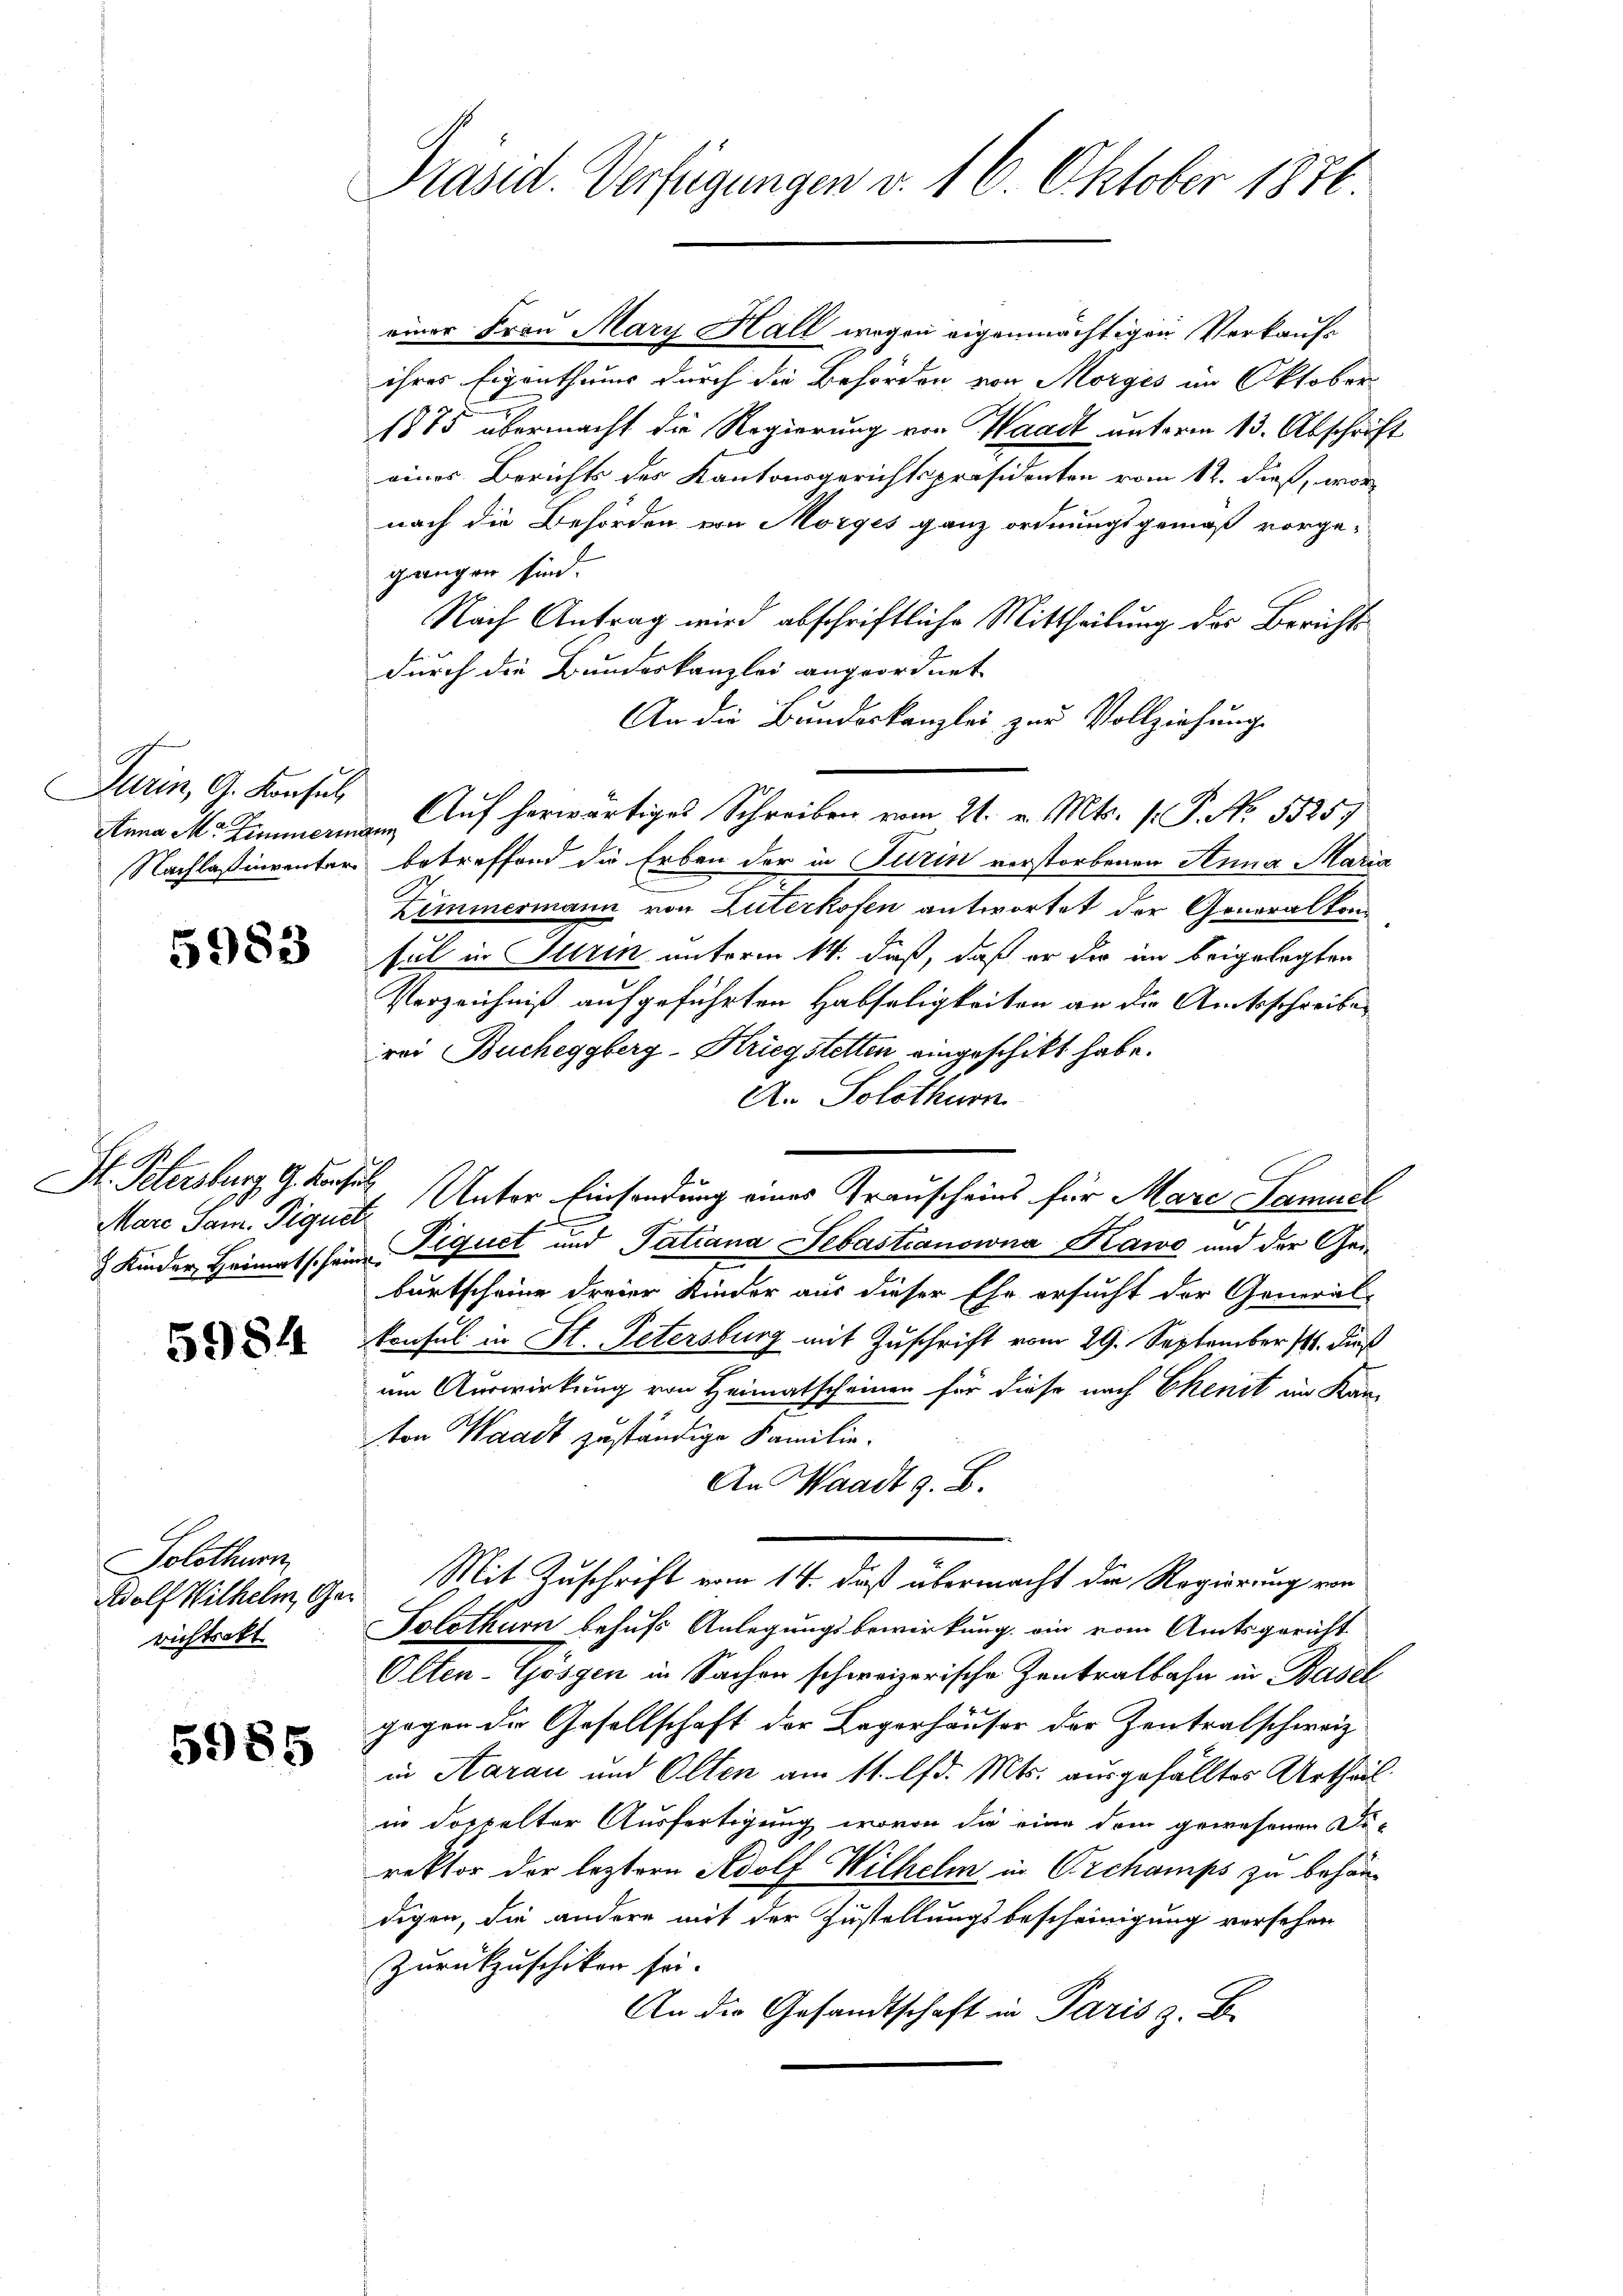
Turin, G. Konsul

5983

Mare Sam. Pignete

5984

Solothurn
richtrakt

5985

einer Frau Mary Hall wegen eigenmächtigen Verkaufs
ihres Eigenthums durch die Behörden von Morges im Oktober-
1875 übermacht die Regierung von Waadt unterm 13. Abschrift
eines Berichts des Kantonsgerichtspräsidenten vom 12. dieß, wornach die Behörden von Morges ganz ordnungsgemäß vorge-
grangen sind.
Nach Antrag wird abschriftliche Mittheilung des Berichts
durch die Bundeskanzlei angeordnet
An die Bundeskanzlei zur Vollziehung
Anna M. Zimmer Auf herwärtiges Schreiben vom 21. v. Mts. 1. P. No. 5525
Nachlaßinventar betreffend die Erben der in Turin verstorbenen Anna Maria
Zimmermann von Zuterkofen antwortet der Generalkom
sul in Iltrin unterm 14. daß, daß er der im beigelegten
Verzeichniß aufgeführten Habseligkeiten an die Amtsschreiben
rei Bucheggberg-Kriegstetten eingeschickt habe.
A. Solothurn
St. Petersburg 9 Kache, Unter Einsendung eines Grauscheins für Mare Samuel
3 Kinder Heimatschein Piquet und Tatiana Sebastianowna Kawe und der Geburtscheine dreier Kinder aus dieser Ehe ersucht der General-
konsul in St. Petersburg mit Zuschrift vom 29. September 188. Fuß
um Auswirkung von Heimatscheinen für diese nach Ekenit im Kan-
ton Waadt zuständige Familie-
An Waadt z. B.
Wolf Wilhelm, Ger. Mit Zuschrift vom 14. daß übermacht die Regierung von
Solothurn behufs Anlegungsbewirkung ein vom Amtsgericht
Olten-Gösgen in Sachen schweizerische Zentralbahn in Basel
gegen die Gesellschaft der Legerhäuser der Zentralschweiz
in Aarau und Olten am 11. lfd. Mts. ausgefälltes Urtheil
in doppelter Ausfertigung, wovon die eine dein gewesenen Direktor der leztern Adolf Wilhelm in Orchamps zu behändigen, die andere mit der Zustellungsbescheinigung versehen
Zurückzuschiken sei.
An die Gesandtschaft in Paris z. B.

Präsid. Verfügungen v. 16. Oktober 1876.